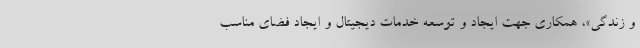
و زندگی»، همکاری جهت ایجاد و توسعه خدمات دیجیتال و ایجاد فضای مناسب